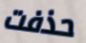
حذفت